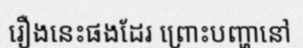
រឿងនេះផងដែរ ព្រោះបញ្ហានៅ